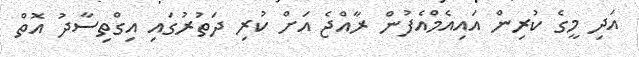
އަދި މީގެ ކުރިން އައިއެމްއެފުން ރާއްޖެ އަށް ކުރި ދަތުރުގައި އިގްތިސާދު އޮތް